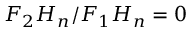
F _ { 2 } H _ { n } / F _ { 1 } H _ { n } = 0